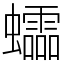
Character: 𧕅